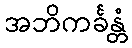
အဘိကင်္ခန္တံ